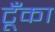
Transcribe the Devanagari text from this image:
टूँका